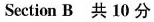
Section B共 10 分